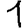
Digit: 1